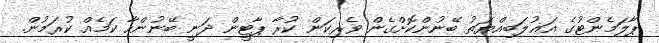
ޕާލަމެންޓުގެ އަޣުލަބިއްޔަތު ބޭނުންކޮށްގެން ވެރިކަން ކުރާ ޕާޓީން ދަނީ ބޭނުންހާ ކަމެއް ކުރަމުން.